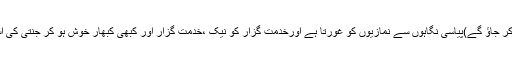
جب جاؤ گے کیا دے کر جاؤ گے)پیاسی نگاہوں سے نمازیوں کو غورتا ہے اورخدمت گزار کو نیک ،خدمت گزار اور کبھی کبھار خوش ہو کر جنتی کی اسناد بانٹ رہا ہوتا ہے۔